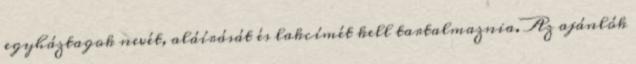
egyháztagok nevét, aláírását és lakcímét kell tartalmaznia. Az ajánlók